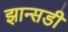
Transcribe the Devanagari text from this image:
झान्सडी